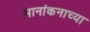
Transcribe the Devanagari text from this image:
मानांकनाच्या